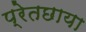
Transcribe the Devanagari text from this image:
प्रेतछाया